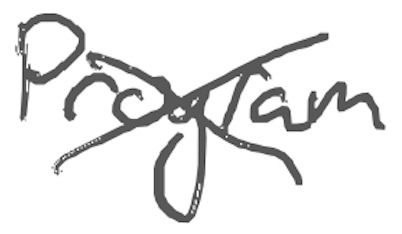
Text: Program
Cross-out: cross
Writing tool: digital_gray